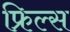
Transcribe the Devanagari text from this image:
फ्रिल्स